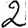
Digit: 2